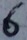
Text: 6